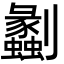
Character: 劙